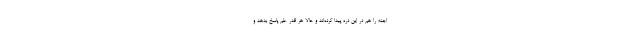
اجنه را هم در این دره پیدا کرده‌اند و حالا هر قدر علم پاسخ بدهد و